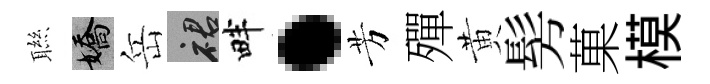
聮嬌岳裙畔·芳殫黄髣菓模